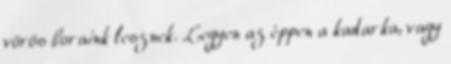
vörös boraink lesznek. Legyen az éppen a kadarka, vagy